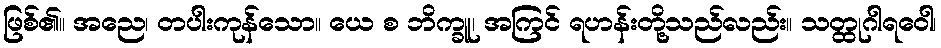
ဖြစ်၏။ အညေ၊ တပါးကုန်သော။ ယေ စ ဘိက္ခူ၊ အကြင် ရဟန်းတို့သည်လည်း။ သတ္ထုဂါရဝေါ၊